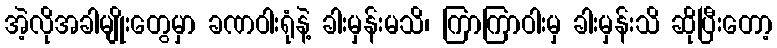
အဲ့လိုအခါမျိုးတွေမှာ ခဏဝါးရုံနဲ့ ခါးမှန်းမသိ၊ ကြာကြာဝါးမှ ခါးမှန်းသိ ဆိုပြီးတော့